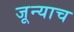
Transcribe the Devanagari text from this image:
जून्याच